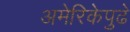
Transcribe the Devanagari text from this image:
अमेरिकेपुढे